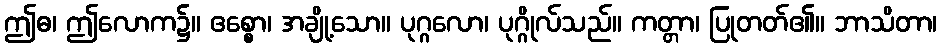
ဤဓ၊ ဤလောက၌။ ဧစ္စော၊ အချို့သော။ ပုဂ္ဂလော၊ ပုဂ္ဂိုလ်သည်။ ကတ္တာ၊ ပြုတတ်၏။ ဘာသိတာ၊